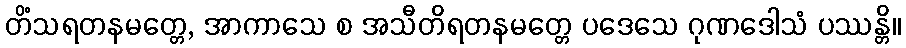
တိံသရတနမတ္တေ, အာကာသေ စ အသီတိရတနမတ္တေ ပဒေသေ ဂုဏဒေါသံ ပဿန္တိ။